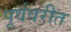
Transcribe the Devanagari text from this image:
पूर्ववरीत